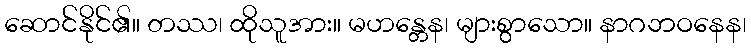
ဆောင်နိုင်၏။ တဿ၊ ထိုသူအား။ မဟန္တေန၊ များစွာသော။ နာဂဘဝနေန၊